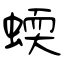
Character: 蝡